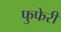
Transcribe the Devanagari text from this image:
फुफेरी